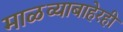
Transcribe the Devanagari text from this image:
माळव्याबाहेरही